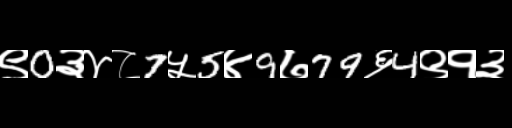
Text: ९0३४८7५5४9७79६4९१३